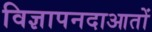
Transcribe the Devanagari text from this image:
विज्ञापनदाआतों